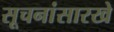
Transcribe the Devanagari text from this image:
सूचनांसारखे